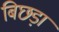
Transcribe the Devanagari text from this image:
बिछड़ा